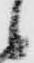
候